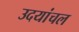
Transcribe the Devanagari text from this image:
उदयांचल